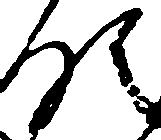
領